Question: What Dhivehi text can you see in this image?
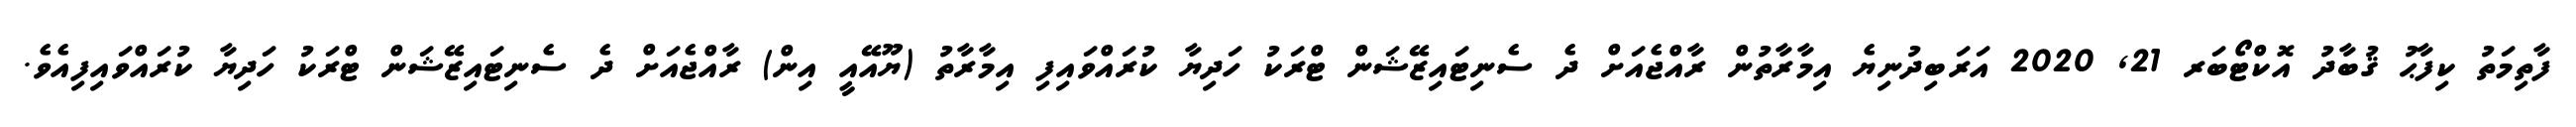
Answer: ފާތިމަތު ކިފާޙު ޤުބާދު އޮކްޓޯބަރ 21, 2020 އަރަބިދުނިޔެ އިމާރާތުން ރާއްޖެއަށް ދެ ސެނިޓައިޒޭޝަން ޓްރަކު ހަދިޔާ ކުރައްވައިފި އިމާރާތު (ޔޫއޭއީ އިން) ރާއްޖެއަށް ދެ ސެނިޓައިޒޭޝަން ޓްރަކު ހަދިޔާ ކުރައްވައިފިއެވެ.